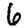
Digit: 6